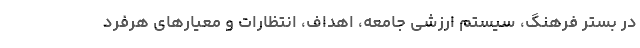
در بستر فرهنگ، سیستم ارزشی جامعه، اهداف، انتظارات و معیارهای هرفرد